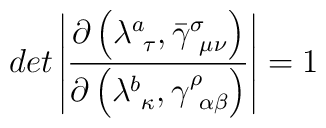
det \left|\frac{\partial \left( \lambda^a_{~\tau},\bar{\gamma}^\sigma_{~\mu \nu } \right)}{\partial \left( \lambda^b_{~\kappa}, \gamma ^\rho_{~\alpha \beta }\right)} \right| = 1